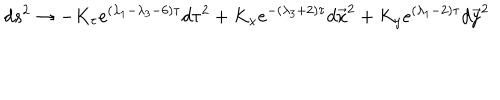
LaTeX: d s ^ { 2 } \rightarrow - K _ { \tau } e ^ { ( \lambda _ { 1 } - \lambda _ { 3 } - 6 ) \tau } d \tau ^ { 2 } + K _ { x } e ^ { - ( \lambda _ { 3 } + 2 ) \tau } d \vec { x } ^ { 2 } + K _ { y } e ^ { ( \lambda _ { 1 } - 2 ) \tau } d \vec { y } ^ { 2 }